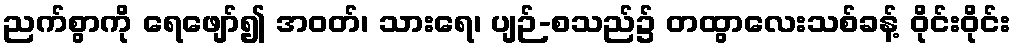
ညက်စွာကို ရေဖျော်၍ အဝတ်၊ သားရေ၊ ပျဉ်-စသည်၌ တထွာလေးသစ်ခန့် ဝိုင်းဝိုင်း